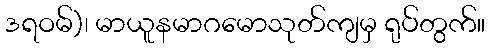
ဒရဝမ်)၊ မာယူနမာဂမောသုတ်ကျမှ ရုပ်တွက်။